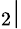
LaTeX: _2|